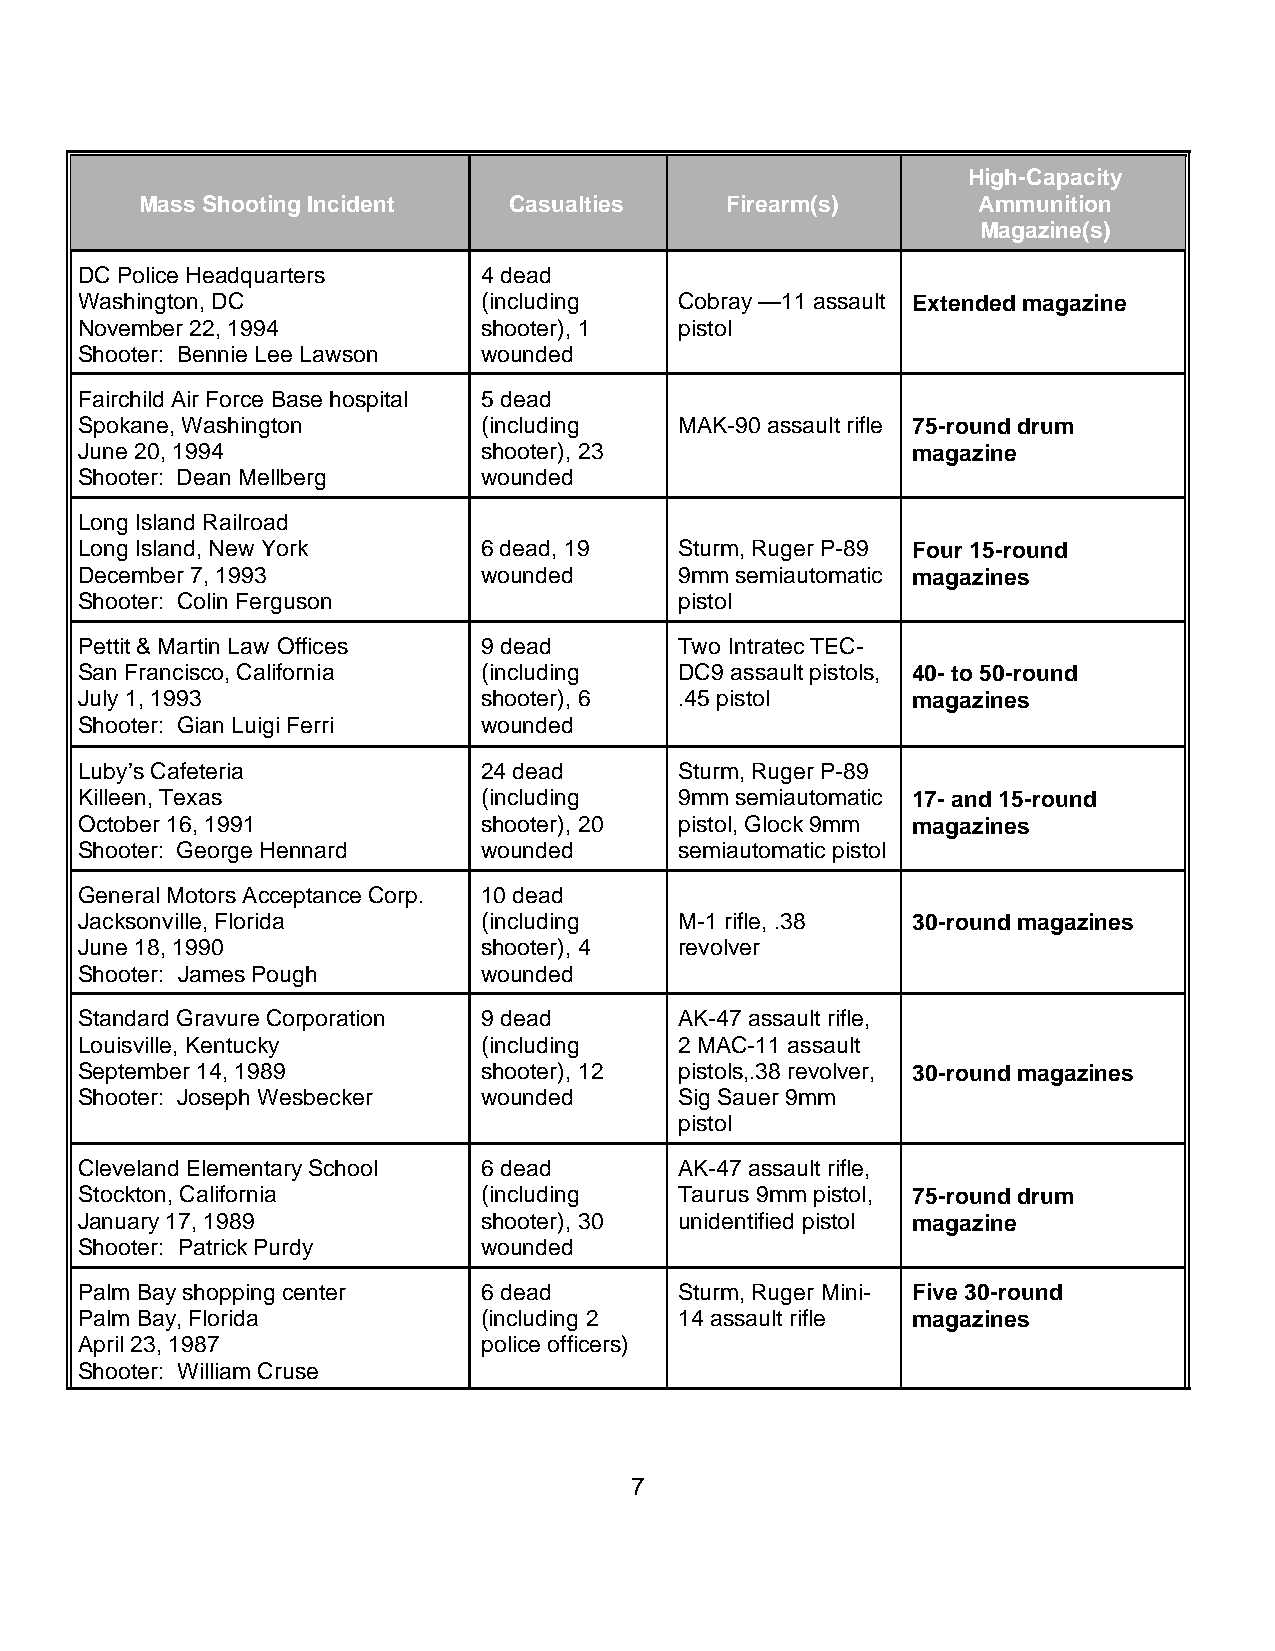
High-Capacity
 Mass Shooting Incident   Casualties    Firearm(s)       Ammunition
 Magazine(s)
 DC Police Headquarters     4 dead
 Washington, DC             (including   Cobray —11 assault Extended magazine
 November 22, 1994          shooter), 1  pistol
 Shooter: Bennie Lee Lawson wounded
 Fairchild Air Force Base hospital 5 dead
 Spokane, Washington        (including   MAK-90 assault rifle 75-round drum
 June 20, 1994              shooter), 23                magazine
 Shooter: Dean Mellberg     wounded
 Long Island Railroad
 Long Island, New York      6 dead, 19   Sturm, Ruger P-89 Four 15-round
 December 7, 1993           wounded      9mm semiautomatic magazines
 Shooter: Colin Ferguson                 pistol
 Pettit & Martin Law Offices 9 dead      Two Intratec TEC-
 San Francisco, California  (including   DC9 assault pistols, 40- to 50-round
 July 1, 1993               shooter), 6  .45 pistol     magazines
 Shooter: Gian Luigi Ferri  wounded
 Luby’s Cafeteria           24 dead      Sturm, Ruger P-89
 Killeen, Texas             (including   9mm semiautomatic 17- and 15-round
 October 16, 1991           shooter), 20 pistol, Glock 9mm magazines
 Shooter: George Hennard    wounded      semiautomatic pistol
 General Motors Acceptance Corp. 10 dead
 Jacksonville, Florida      (including   M-1 rifle, .38 30-round magazines
 June 18, 1990              shooter), 4  revolver
 Shooter: James Pough       wounded
 Standard Gravure Corporation 9 dead     AK-47 assault rifle,
 Louisville, Kentucky       (including   2 MAC-11 assault
 September 14, 1989         shooter), 12 pistols,.38 revolver, 30-round magazines
 Shooter: Joseph Wesbecker  wounded      Sig Sauer 9mm
 pistol
 Cleveland Elementary School 6 dead      AK-47 assault rifle,
 Stockton, California       (including   Taurus 9mm pistol, 75-round drum
 January 17, 1989           shooter), 30 unidentified pistol magazine
 Shooter: Patrick Purdy     wounded
 Palm Bay shopping center   6 dead       Sturm, Ruger Mini- Five 30-round
 Palm Bay, Florida          (including 2 14 assault rifle magazines
 April 23, 1987             police officers)
 Shooter: William Cruse
 7